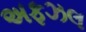
અફઝલ